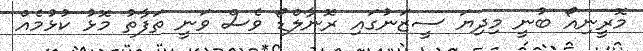
މޮރީނިއޯ ބުނީ މިދިޔަ ސީޒަނުގައި ރޮނާލްޑޯ ވެސް ވަނީ ތަފާތު މޮޅު ކުޅުމެއް